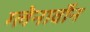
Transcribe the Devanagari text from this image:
ग्लेनार्वोन